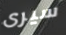
سيرى